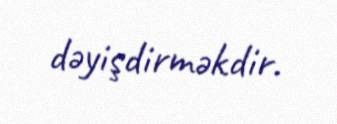
dəyişdirməkdir.